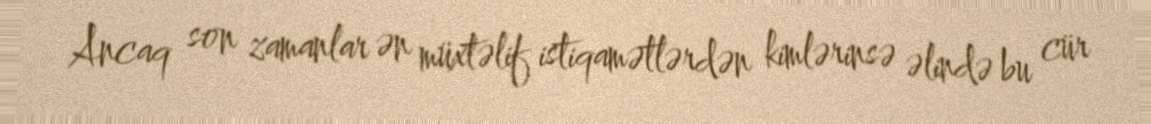
Ancaq son zamanlar ən müxtəlif istiqamətlərdən kimlərinsə əlində bu cür